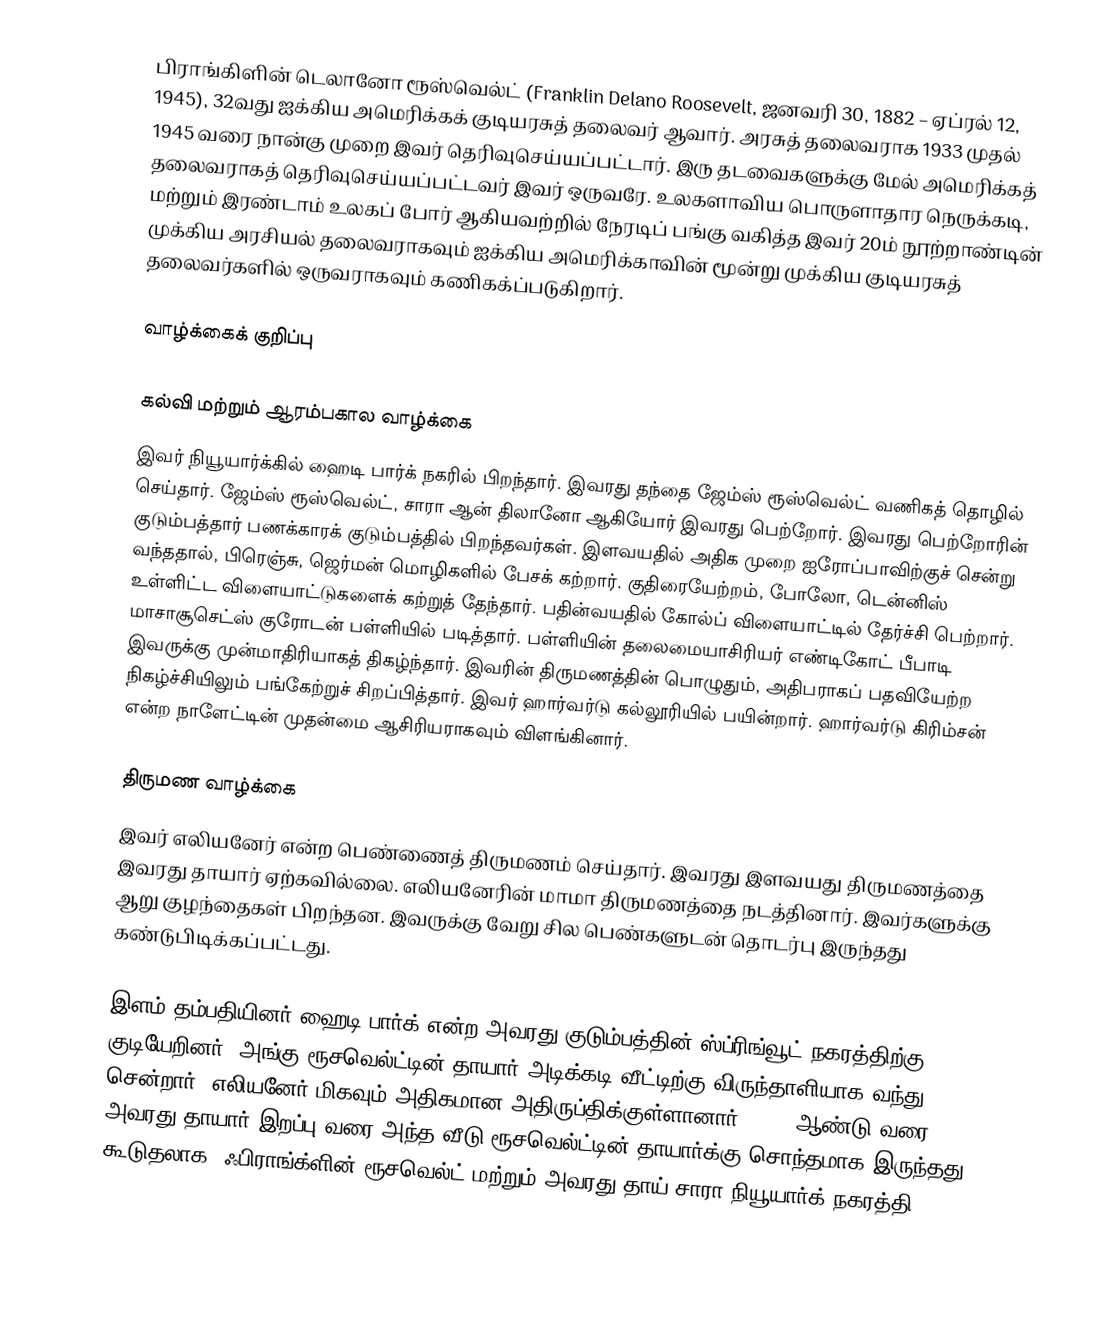
பிராங்கிளின் டெலானோ ரூஸ்வெல்ட் (Franklin Delano Roosevelt, ஜனவரி 30, 1882 – ஏப்ரல் 12, 1945), 32வது ஐக்கிய அமெரிக்கக் குடியரசுத் தலைவர் ஆவார். அரசுத் தலைவராக 1933 முதல் 1945 வரை நான்கு முறை இவர் தெரிவுசெய்யப்பட்டார். இரு தடவைகளுக்கு மேல் அமெரிக்கத் தலைவராகத் தெரிவுசெய்யப்பட்டவர் இவர் ஒருவரே. உலகளாவிய பொருளாதார நெருக்கடி, மற்றும் இரண்டாம் உலகப் போர் ஆகியவற்றில் நேரடிப் பங்கு வகித்த இவர் 20ம் நூற்றாண்டின் முக்கிய அரசியல் தலைவராகவும் ஐக்கிய அமெரிக்காவின் மூன்று முக்கிய குடியரசுத் தலைவர்களில் ஒருவராகவும் கணிகக்ப்படுகிறார்.

வாழ்க்கைக் குறிப்பு

கல்வி மற்றும் ஆரம்பகால வாழ்க்கை
இவர் நியூயார்க்கில் ஹைடி பார்க் நகரில் பிறந்தார். இவரது தந்தை ஜேம்ஸ் ரூஸ்வெல்ட் வணிகத் தொழில் செய்தார். ஜேம்ஸ் ரூஸ்வெல்ட், சாரா ஆன் திலானோ ஆகியோர் இவரது பெற்றோர். இவரது பெற்றோரின் குடும்பத்தார் பணக்காரக் குடும்பத்தில் பிறந்தவர்கள். இளவயதில் அதிக முறை ஐரோப்பாவிற்குச் சென்று வந்ததால், பிரெஞ்சு, ஜெர்மன் மொழிகளில் பேசக் கற்றார். குதிரையேற்றம், போலோ, டென்னிஸ் உள்ளிட்ட விளையாட்டுகளைக் கற்றுத் தேந்தார். பதின்வயதில் கோல்ப் விளையாட்டில் தேர்ச்சி பெற்றார். மாசாசூசெட்ஸ் குரோடன் பள்ளியில் படித்தார். பள்ளியின் தலைமையாசிரியர் எண்டிகோட் பீபாடி இவருக்கு முன்மாதிரியாகத் திகழ்ந்தார். இவரின் திருமணத்தின் பொழுதும், அதிபராகப் பதவியேற்ற நிகழ்ச்சியிலும் பங்கேற்றுச் சிறப்பித்தார். இவர் ஹார்வர்டு கல்லூரியில் பயின்றார். ஹார்வர்டு கிரிம்சன் என்ற நாளேட்டின் முதன்மை ஆசிரியராகவும் விளங்கினார்.

திருமண வாழ்க்கை
இவர் எலியனேர் என்ற பெண்ணைத் திருமணம் செய்தார். இவரது இளவயது திருமணத்தை இவரது தாயார் ஏற்கவில்லை. எலியனேரின் மாமா திருமணத்தை நடத்தினார். இவர்களுக்கு ஆறு குழந்தைகள் பிறந்தன. இவருக்கு வேறு சில பெண்களுடன் தொடர்பு இருந்தது கண்டுபிடிக்கப்பட்டது.

இளம் தம்பதியினர் ஹைடி பார்க் என்ற அவரது குடும்பத்தின் ஸ்ப்ரிங்வூட் நகரத்திற்கு குடியேறினர், அங்கு ரூசவெல்ட்டின் தாயார் அடிக்கடி வீட்டிற்கு விருந்தாளியாக வந்து சென்றார், எலியனேர் மிகவும் அதிகமான அதிருப்திக்குள்ளானார். 1941 ஆண்டு வரை அவரது தாயார் இறப்பு வரை அந்த வீடு ரூசவெல்ட்டின் தாயார்க்கு சொந்தமாக இருந்தது. கூடுதலாக, ஃபிராங்க்ளின் ரூசவெல்ட்  மற்றும் அவரது தாய் சாரா நியூயார்க் நகரத்தி